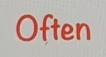
Often